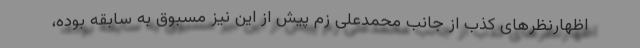
اظهارنظرهای کذب از جانب محمدعلی زم پیش از این نیز مسبوق به سابقه بوده،